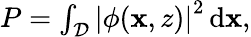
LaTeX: \begin{array}{r}{P=\int_{\mathcal{D}}\left|\phi(\mathbf{x},z)\right|^{2}\, \mathrm{d}\mathbf{x},}\end{array}